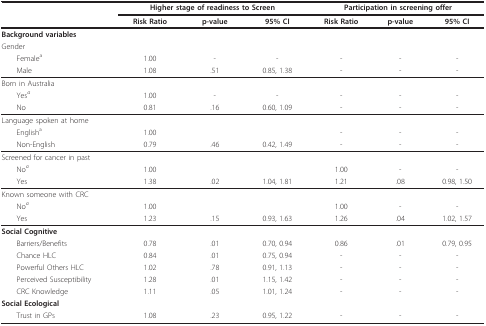
<table><thead><tr><td></td><td colspan="3"><b>Higher stage of readiness to Screen</b></td><td colspan="3"><b>Participation in screening offer</b></td></tr><tr><td></td><td><b>Risk Ratio</b></td><td><b>p-value</b></td><td><b>95% CI</b></td><td><b>Risk Ratio</b></td><td><b>p-value</b></td><td><b>95% CI</b></td></tr></thead><tbody><tr><td><b>Background variables</b></td><td></td><td></td><td></td><td></td><td></td><td></td></tr><tr><td>Gender</td><td></td><td></td><td></td><td></td><td></td><td></td></tr><tr><td> Female<sup>a</sup></td><td>1.00</td><td>-</td><td>-</td><td>-</td><td>-</td><td>-</td></tr><tr><td> Male</td><td>1.08</td><td>.51</td><td>0.85, 1.38</td><td>-</td><td>-</td><td>-</td></tr><tr><td>Born in Australia</td><td></td><td></td><td></td><td></td><td></td><td></td></tr><tr><td> Yes<sup><i>a</i></sup></td><td>1.00</td><td>-</td><td>-</td><td>-</td><td>-</td><td>-</td></tr><tr><td> No</td><td>0.81</td><td>.16</td><td>0.60, 1.09</td><td>-</td><td>-</td><td>-</td></tr><tr><td>Language spoken at home</td><td></td><td></td><td></td><td></td><td></td><td></td></tr><tr><td> English<sup>a</sup></td><td>1.00</td><td></td><td></td><td>-</td><td>-</td><td>-</td></tr><tr><td> Non-English</td><td>0.79</td><td>.46</td><td>0.42, 1.49</td><td>-</td><td>-</td><td>-</td></tr><tr><td>Screened for cancer in past</td><td></td><td></td><td></td><td></td><td></td><td></td></tr><tr><td> No<sup><i>a</i></sup></td><td>1.00</td><td></td><td></td><td>1.00</td><td>-</td><td>-</td></tr><tr><td> Yes</td><td>1.38</td><td>.02</td><td>1.04, 1.81</td><td>1.21</td><td>.08</td><td>0.98, 1.50</td></tr><tr><td>Known someone with CRC</td><td></td><td></td><td></td><td></td><td></td><td></td></tr><tr><td> No<sup><i>a</i></sup></td><td>1.00</td><td></td><td></td><td>1.00</td><td>-</td><td>-</td></tr><tr><td> Yes</td><td>1.23</td><td>.15</td><td>0.93, 1.63</td><td>1.26</td><td>.04</td><td>1.02, 1.57</td></tr><tr><td><b>Social Cognitive</b></td><td></td><td></td><td></td><td></td><td></td><td></td></tr><tr><td> Barriers/Benefits</td><td>0.78</td><td>.01</td><td>0.70, 0.94</td><td>0.86</td><td>.01</td><td>0.79, 0.95</td></tr><tr><td> Chance HLC</td><td>0.84</td><td>.01</td><td>0.75, 0.94</td><td>-</td><td>-</td><td>-</td></tr><tr><td> Powerful Others HLC</td><td>1.02</td><td>.78</td><td>0.91, 1.13</td><td>-</td><td>-</td><td>-</td></tr><tr><td> Perceived Susceptibility</td><td>1.28</td><td>.01</td><td>1.15, 1.42</td><td>-</td><td>-</td><td>-</td></tr><tr><td> CRC Knowledge</td><td>1.11</td><td>.05</td><td>1.01, 1.24</td><td>-</td><td>-</td><td>-</td></tr><tr><td><b>Social Ecological</b></td><td></td><td></td><td></td><td></td><td></td><td></td></tr><tr><td> Trust in GPs</td><td>1.08</td><td>.23</td><td>0.95, 1.22</td><td>-</td><td>-</td><td>-</td></tr></tbody></table>